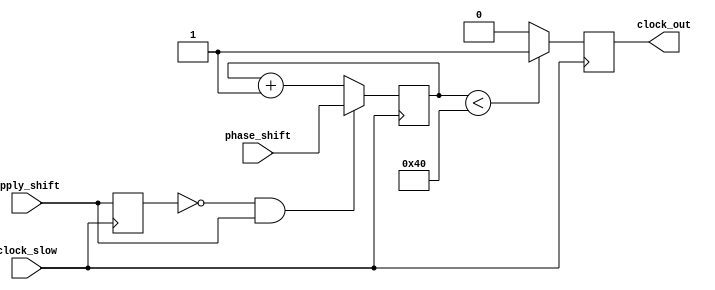
module phase_generator
	#(parameter COUNTS_PER_PERIOD = 128)
	(
		input clock_slow,
		output reg clock_out,
		input wire[6:0] phase_shift,
		input apply_shift
	);
	
	// variables
	reg[6:0] counter = 6'd0;
	reg apply_shift_d1;
	
	initial
		clock_out = 0;
	
	// divided clock (10 MHz)
	always @(posedge clock_slow) begin
		// increment
		counter <= counter + 6'd1;
		
		apply_shift_d1 <= apply_shift;
		
		// apply_shift rising edge detection
		if (!apply_shift_d1 & apply_shift) begin
			counter <= phase_shift;
		end
		
		// output
		clock_out <= (counter < COUNTS_PER_PERIOD/2) ? 1'b1:1'b0;
	end
endmodule